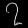
Digit: ၇